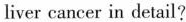
liver cancer in detail?